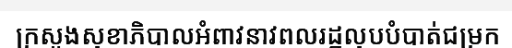
ក្រសួងសុខាភិបាលអំពាវនាវពលរដ្ឋលុបបំបាត់ជម្រក